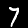
Label: 7